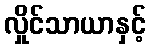
လှိုင်သာယာနှင့်